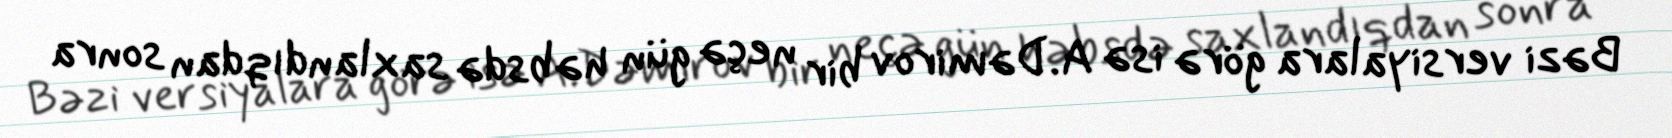
Bəzi versiyalara görə isə A.Dəmirov bir neçə gün həbsdə saxlandıqdan sonra